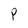
Character: P